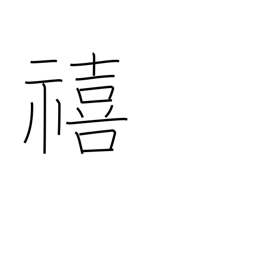
Meaning: fortunate